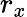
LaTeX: r_{x}